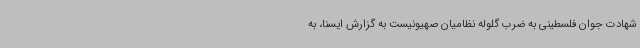
شهادت جوان فلسطینی به ضرب گلوله نظامیان صهیونیست به گزارش ایسنا، به